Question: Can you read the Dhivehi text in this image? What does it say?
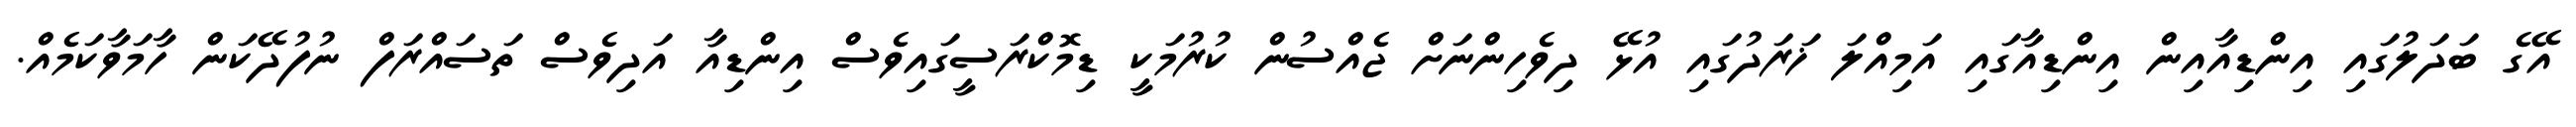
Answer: އޭގެ ބަދަލުގައި އިންޑިއާއިން އިންޑިއާގައި އަމިއްލަ ޚަރަދުގައި އުޅޭ ދިވެހިންނަށް ޖެއްސުން ކުރުމަކީ ޑިމޮކްރަސީގައިވެސް އިންޑިއާ އަދިވެސް ތަސައްރަފް ނުފުދޭކަން ހާމަވާކަމެއް.